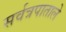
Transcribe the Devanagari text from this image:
सर्वत्रपाताले